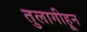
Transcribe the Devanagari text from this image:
तुलागीहून